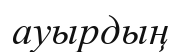
ауырдың